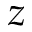
z